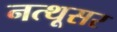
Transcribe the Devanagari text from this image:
नत्थूसर